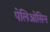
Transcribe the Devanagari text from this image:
पेलिओसिन